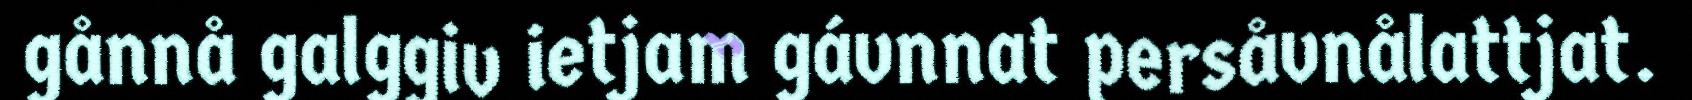
gånnå galggiv ietjam gávnnat persåvnålattjat.